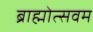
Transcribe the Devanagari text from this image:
ब्राह्मोत्सवम